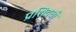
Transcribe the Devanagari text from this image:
प्रशिद्धी